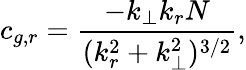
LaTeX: c_{g,r}=\frac{-k_{\perp}k_{r}N}{(k_{r}^{2}+k_{\perp}^{2})^{3/2}},